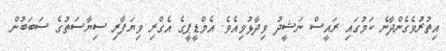
އިތުރުވެގެންދާނެ ކަމުގައި ރައީސް ނަޝީދު ވިދާޅުވިއެވެ. އެމްޑީޕީގެ އެގްރި ވިޔަފާރި ސިޔާސަތުގެ ސަބަބުން